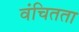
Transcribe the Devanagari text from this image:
वंचितता